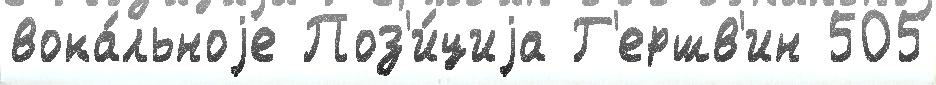
вока́льноjе Поз'и́циjа Г'ершв'ин 505